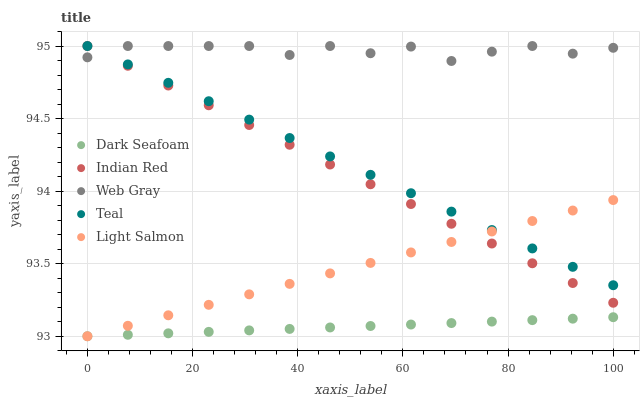
| xaxis_label | Dark Seafoam | Indian Red | Web Gray | Teal | Light Salmon |
 | --- | --- | --- | --- | --- | --- |
 | 0 | 93 | 95 | 94.9 | 95 | 93 |
 | 7.69 | 93 | 94.9 | 95 | 94.9 | 93.1 |
 | 15.4 | 93 | 94.7 | 95 | 94.7 | 93.1 |
 | 23.1 | 93 | 94.6 | 95 | 94.6 | 93.2 |
 | 30.8 | 93 | 94.5 | 95 | 94.5 | 93.3 |
 | 38.5 | 93.1 | 94.3 | 94.9 | 94.4 | 93.4 |
 | 46.2 | 93.1 | 94.2 | 95 | 94.2 | 93.4 |
 | 53.8 | 93.1 | 94 | 95 | 94.1 | 93.5 |
 | 61.5 | 93.1 | 93.9 | 95 | 94 | 93.6 |
 | 69.2 | 93.1 | 93.8 | 94.9 | 93.9 | 93.6 |
 | 76.9 | 93.1 | 93.6 | 95 | 93.7 | 93.7 |
 | 84.6 | 93.1 | 93.5 | 95 | 93.6 | 93.8 |
 | 92.3 | 93.1 | 93.4 | 94.9 | 93.5 | 93.9 |
 | 100 | 93.1 | 93.2 | 95 | 93.4 | 93.9 |